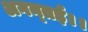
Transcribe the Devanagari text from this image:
अगन्‍तई।।